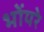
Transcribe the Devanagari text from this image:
भोंयरे